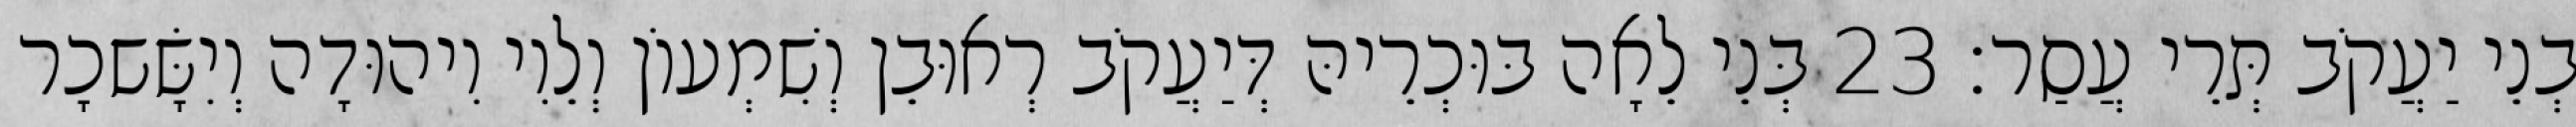
בְנֵי יַעֲקֹב תְּרֵי עֲסַר׃ 23 בְּנֵי לֵאָה בּוּכְרֵיהּ דְּיַעֲקֹב רְאוּבֵן וְשִׁמְעוֹן וְלֵוִי וִיהוּדָה וְיִשָּׂשכָר